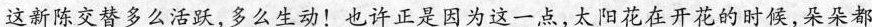
这新陈交替多么活跃，多么生动！也许正是因为这一点，太阳花在开花的时候，朵朵都